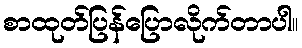
စာထုတ်ပြန်ပြောလိုက်တာပါ။